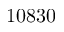
1 0 8 3 0